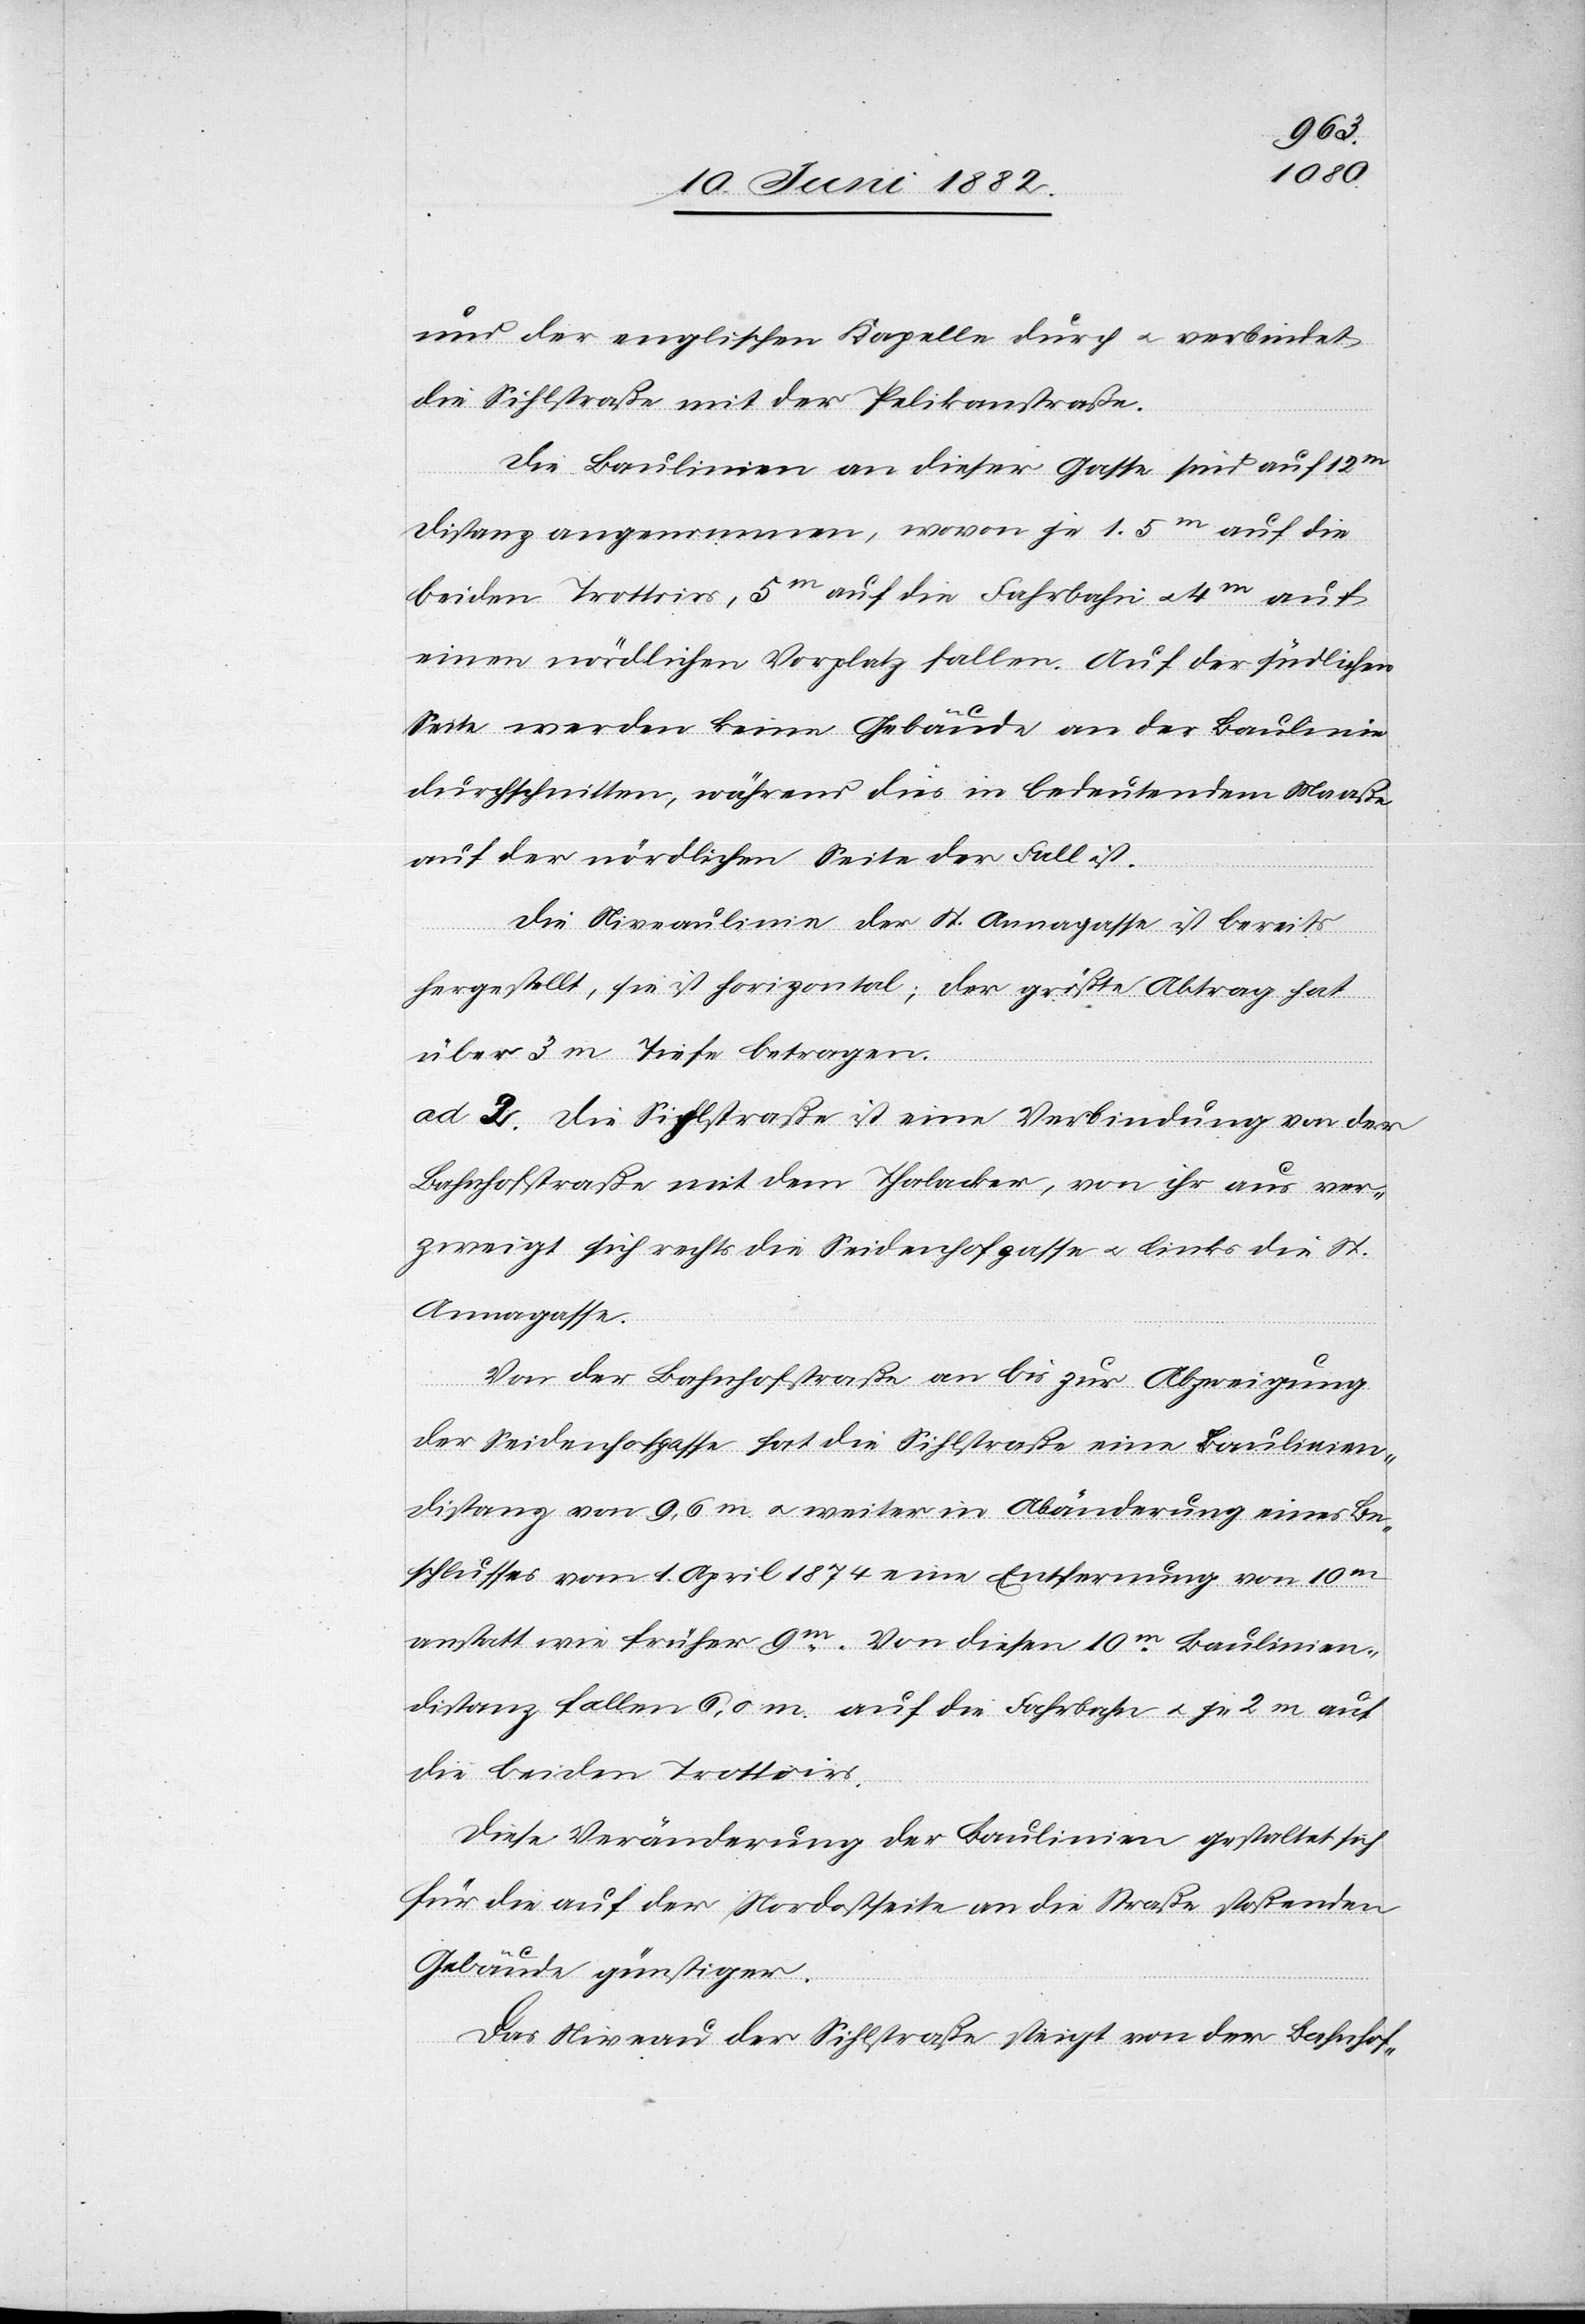
und der englischen Kapelle durch u. verbindet
die Sihlstraße mit der Pelikanstraße.
Die Baulinien an dieser Gasse sind auf 12
Distanz angenommen, wovon je 1.5m auf die
beiden Trottoirs, 5m auf die Fahrbahn u. 4m auf
einen nördlichen Vorplatz fallen. Auf der südlichen
Seite werden keine Gebäude an der Baulinie
durchschnitten, während dies in bedeutendem Maße
auf der nördlichen Seite der Fall ist.
Die Niveaulinie der St. Annagasse ist bereits
festgestellt, sie ist horizontal; der größte Abtrag hat
über 3 m Tiefe betragen.
ad 2. Die Sihlstraße ist eine Verbindung von der
Bahnhofstraße mit dem Thalacker, von ihr aus ver¬
zweigt sich rechts die Seidenhofgasse u. links die St.
Annagasse.
Von der Bahnhofstraße an bis zur Abzweigung
der Seidenhofgasse hat die Sihlstraße eine Baulinien¬
distanz von 9,6m u. weiter in Abänderung eines Be¬
schlusses vom 1. April 1874 eine Entfernung von 10m
anstatt wie früher 9m. Von diesen 10m Baulinien¬
distanz fallen 6,0 m auf die Fahrbahn u. je 2 m auf
die beiden Trottoirs.
Diese Veränderung der Baulinien gestaltet sich
für die auf der Nordseite an die Straße stoßenden
Gebäude günstiger.
Das Niveau der Sihlstraße steigt von der Bahnhof-